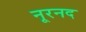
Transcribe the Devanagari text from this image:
नूरनद